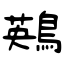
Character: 鶧